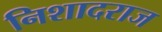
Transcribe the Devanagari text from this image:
निशादराज